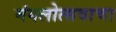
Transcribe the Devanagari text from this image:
मंगलोत्सवाचा